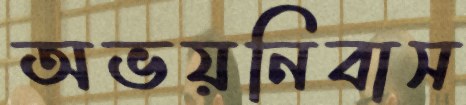
অভয়নিবাস